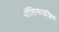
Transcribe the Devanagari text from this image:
पॉलिसाइक्लिक